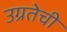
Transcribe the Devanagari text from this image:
उग्रतेची